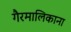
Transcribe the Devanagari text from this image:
गैरमालिकाना